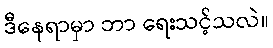
ဒီနေရာမှာ ဘာ ရေးသင့်သလဲ။